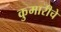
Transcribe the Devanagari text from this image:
कुमारीचे